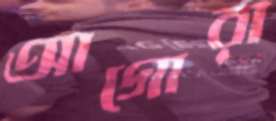
আগোরা